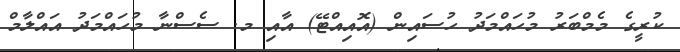
ކުރީގެ މެމްބަރު މުހައްމަދު ހުސައިން (އޮއިއްޓޭ) އާއި މ. ސެސްނާ މުހައްމަދު އައްލާމް